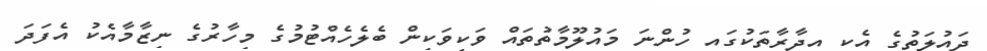
ދައުލަތުގެ އެކި އިދާރާތަކުގައި ހުންނަ މައުލޫމާތުތައް ވަކިވަކިން ބެލެހެއްޓުމުގެ މިހާރުގެ ނިޒާމާއެކު އެފަދަ